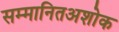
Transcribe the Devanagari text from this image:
सम्मानितअशोक